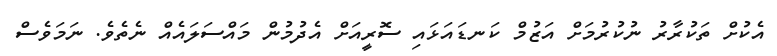
އެކުށް ތަކުރާރު ނުކުރުމަށް އަޒުމް ކަނޑައަޅައި ސޮރީއަށް އެދުމުން މައްސަލައެއް ނެތެވެ. ނަމަވެސް